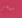
سيسى